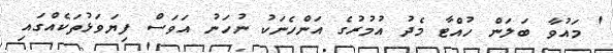
' މައުވާ ބަލަން ހުއްޓާ މެދު އުމުރުގެ އަންހެނަކު ނުހަނު އަވަސް ފިޔަވަޅުތަކެއްގައި